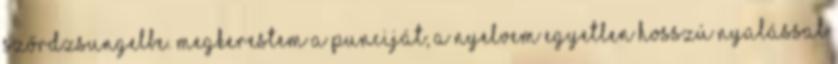
szőrdzsungelbe. Megkerestem a punciját, a nyelvem egyetlen hosszú nyalással